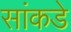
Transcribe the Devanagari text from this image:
सांकडे